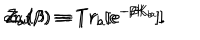
{ \cal Z } _ { a } ( \beta ) \equiv T r _ { a } [ e ^ { - \beta { \bf K } _ { a } } ] \hspace { 1 c m } \mathrm { a n d } \hspace { 1 c m } { \cal Z } _ { b } ( \beta ) \equiv T r _ { b } [ e ^ { - \beta { \bf K } _ { b } } ] .